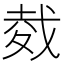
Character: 𢧇